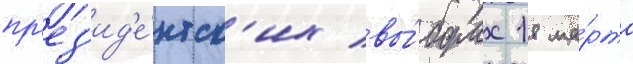
пр'ез'ид'е́нтск'их вы́борах 18 ма́рта